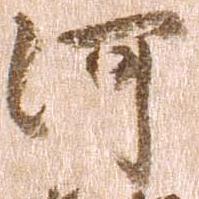
河